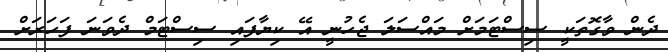
ދެން ވާގޮތަކީ ސިސްޓަމަށް މައްސަަލަ ޖެހުނީ އޭ ކިޔާފައި ސިސްޓަމް ދެވަނަ ފަހަރަށް